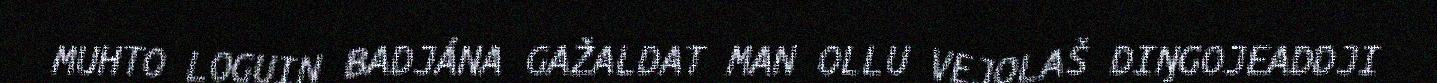
MUHTO LOGUIN BADJÁNA GAŽALDAT MAN OLLU VEJOLAŠ DIŊGOJEADDJI